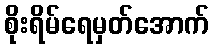
စိုးရိမ်ရေမှတ်အောက်